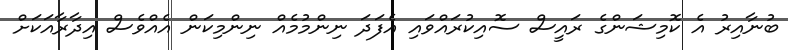
ބުނާއިރު އެ ކޮމިޝަންގެ ރައީސް ސޮއިކުރައްވައި އެފަދަ ނިންމުމެއް ނިންމިކަން އެއްވެސް އިދާރާއަކަށް